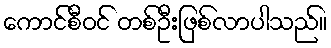
ကောင်စီဝင် တစ်ဦးဖြစ်လာပါသည်။